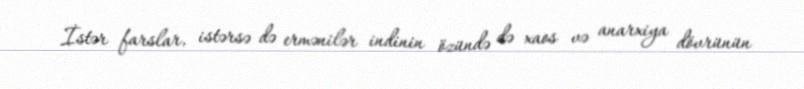
İstər farslar, istərsə də ermənilər indinin özündə də xaos və anarxiya dövrünün